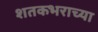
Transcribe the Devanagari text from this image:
शतकभराच्या